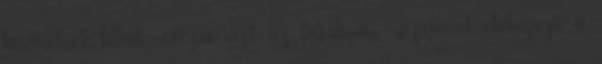
kíséretnek lehet nevezni azt az totálisan mozgását, előlegezi a